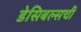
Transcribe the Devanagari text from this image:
डेसिबल्सची